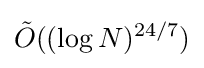
{\tilde {O}}((\log N)^{24/7})